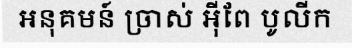
អនុគមន៍ ច្រាស់ អ៊ីពែ បូលីក